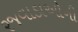
રજવાડાઓની